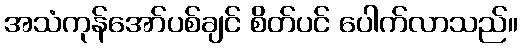
အသံကုန်အော်ပစ်ချင် စိတ်ပင် ပေါက်လာသည်။